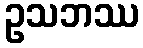
ဥသဘဿ